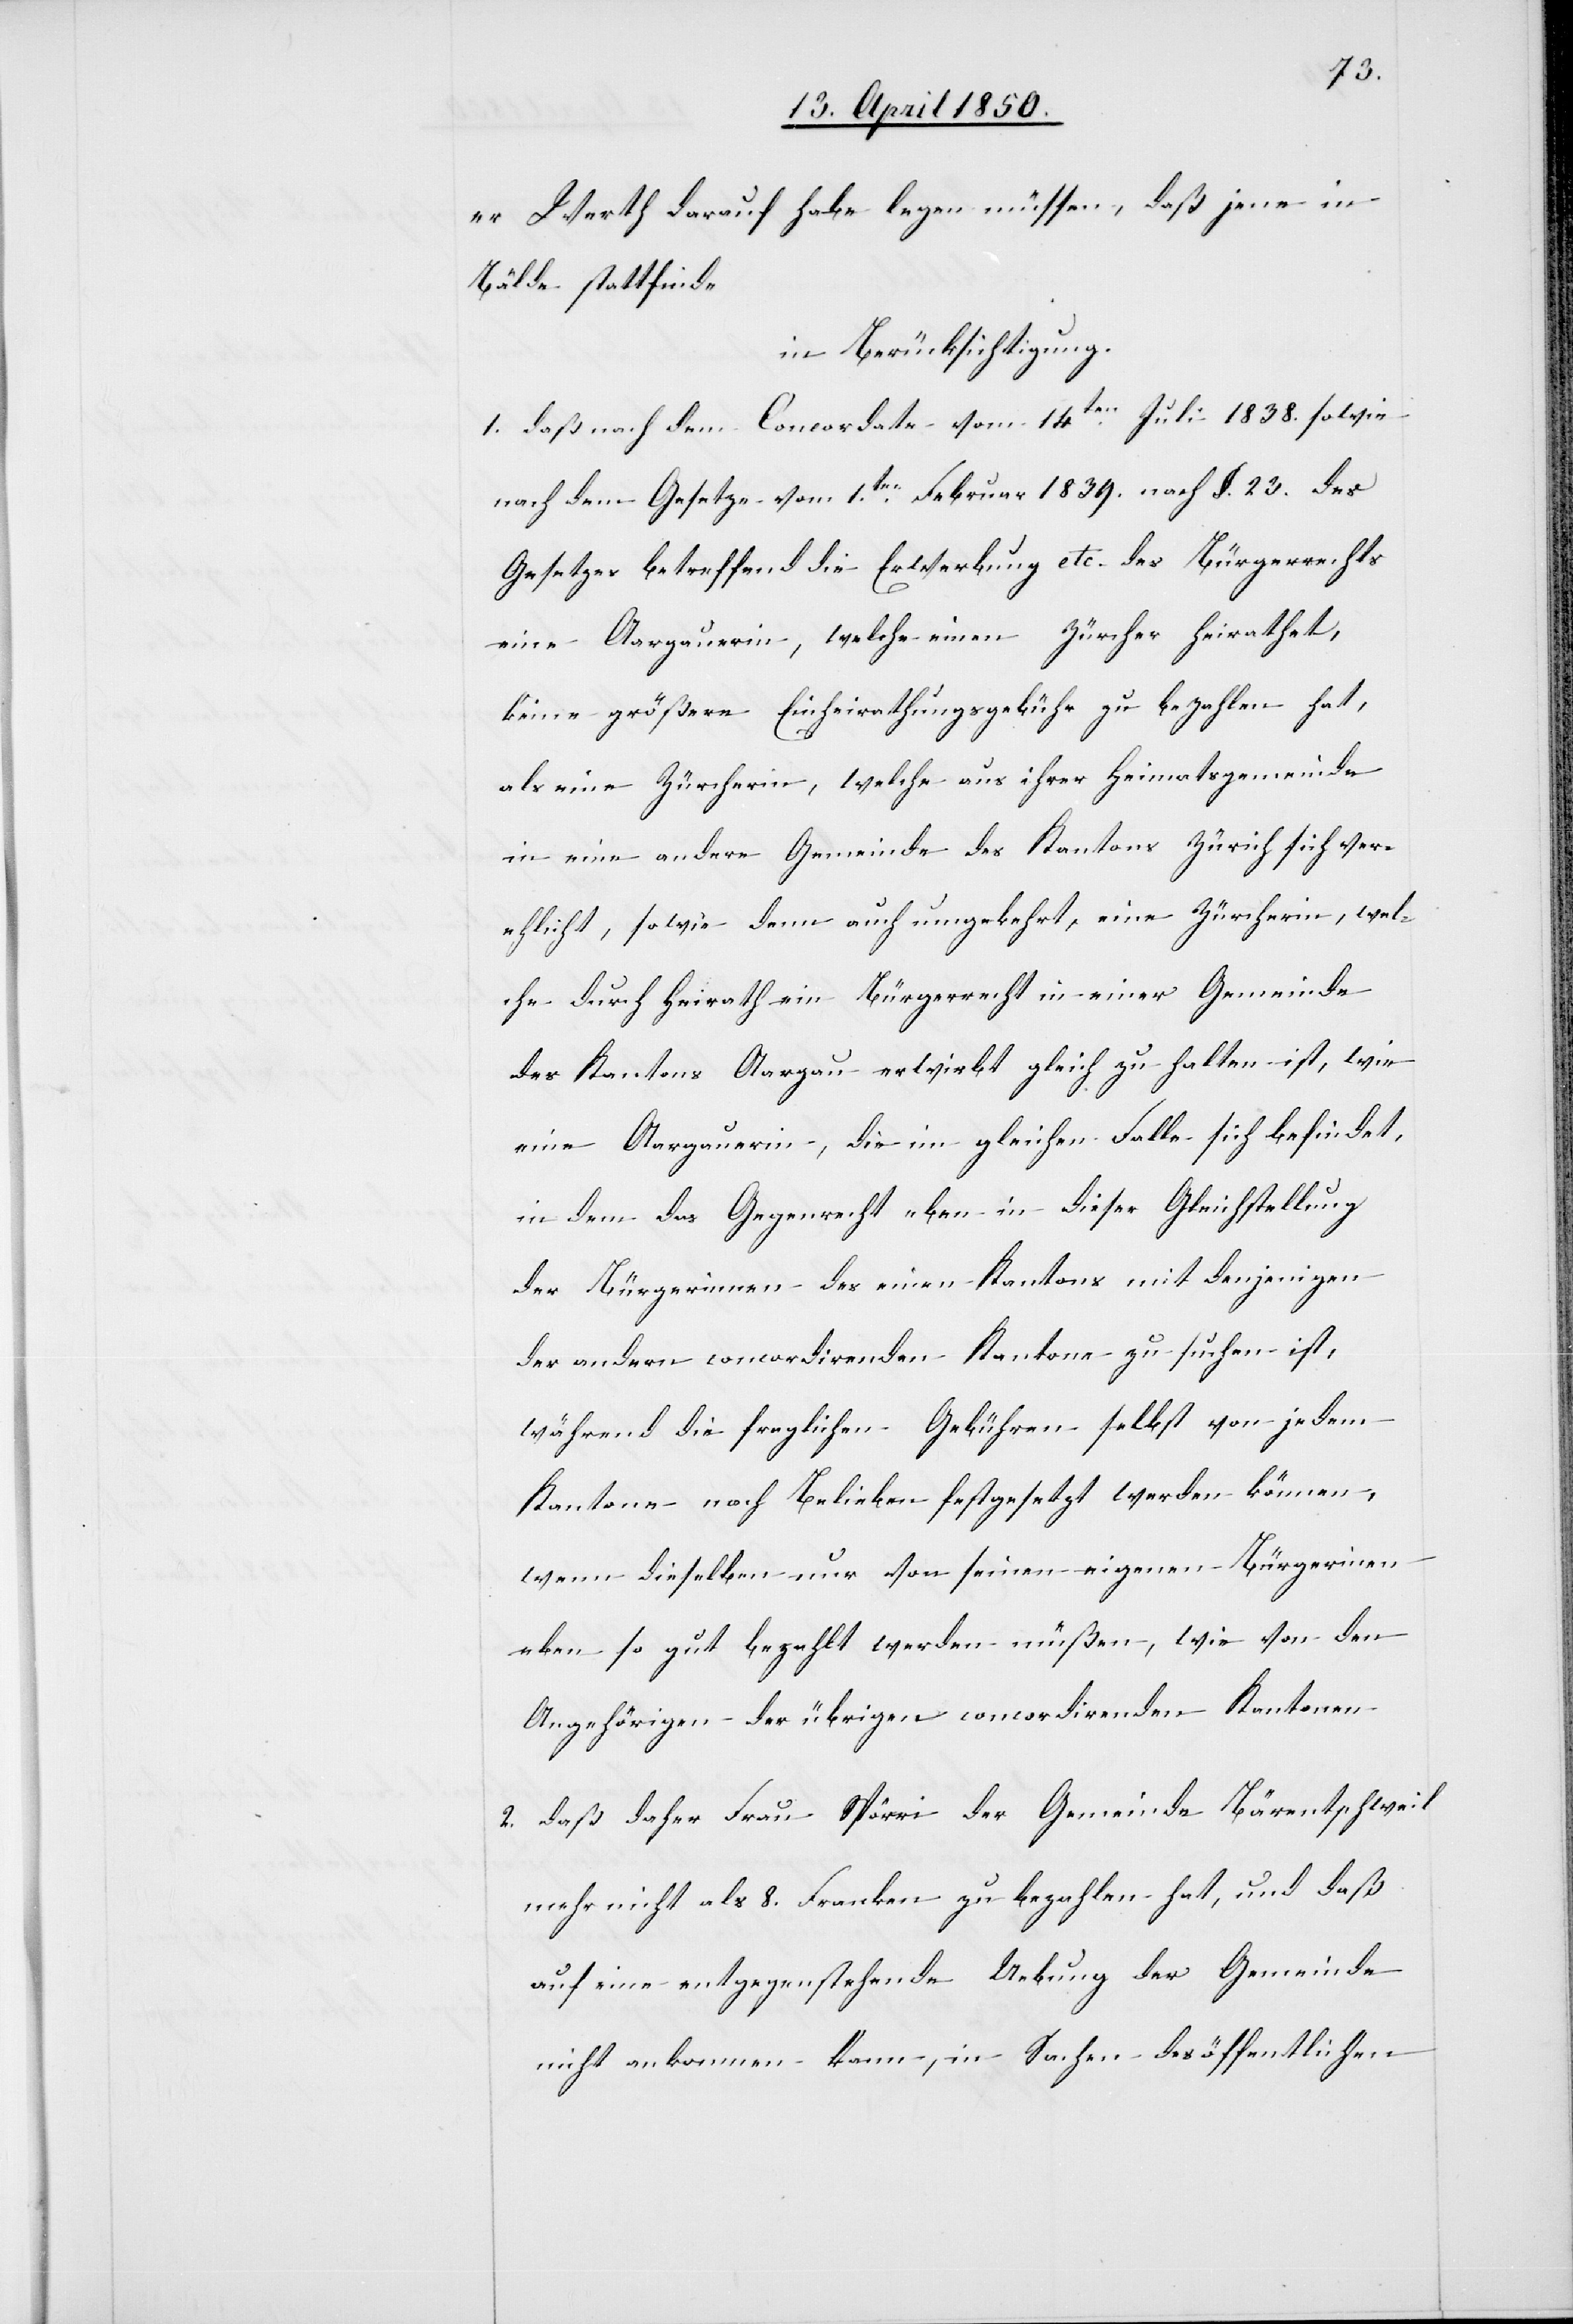
er Werth darauf habe legen müssen, daß jene in
Bälde stattfinde
in Berücksichtigung.
1. daß nach dem Concordate vom 14ten Juli 1838. sowie
nach dem Gesetze vom 1ten Februar 1839. nach §. 23. des
Gesetzes betreffend die Erwerbung etc. des Bürgerrechts
eine Aargauerin, welche einen Zürcher heirathet,
keine größere Einheirathungsgebühr zu bezahlen hat,
als eine Zürcherin, welche aus ihrer Heimatsgemeinde
in eine andere Gemeinde des Kantons Zürich sich ver¬
ehlicht, sowie denn auch umgekehrt, eine Zürcherin, wel¬
che durch Heirath ein Bürgerrecht in einer Gemeinde
des Kantons Aargau erwirkt gleich zu halten ist, wie
eine Aargauerin, die im gleichen Falle sich befindet,
in dem das Gegenrecht eben in dieser Gleichstellung
der Bürgerinnen des einen Kantons mit denjenigen
der andern concordirenden Kantone zu suchen ist,
während die fraglichen Gebühren selbst von jedem
Kantone nach Belieben festgesetzt werden können,
wenn dieselben nur von seinen eigenen Bürgerinen
eben so gut bezahlt werden müßen, wie von den
Angehörigen der übrigen concordirenden Kantonen
2. daß daher Frau Spörri der Gemeinde Bärentschweil
mehr nicht als 8. Franken zu bezahlen hat, und daß
auf eine entgegenstehende Uebung der Gemeinde
nicht ankommen kann, in Sachen des öffentlichen